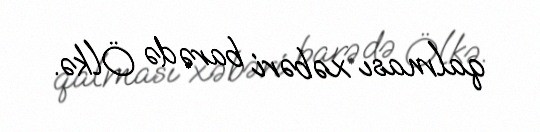
qalması xəbəri barədə Ölkə.